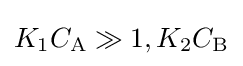
K_{1}C_{\mathrm {A} }\gg 1,K_{2}C_{\mathrm {B} }